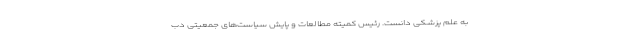
به علم پزشکی دانست. رئیس کمیته مطالعات و پایش سیاست‌های جمعیتی دب